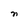
Character: n